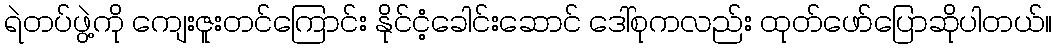
ရဲတပ်ဖွဲ့ကို ကျေးဇူးတင်ကြောင်း နိုင်ငံ့ခေါင်းဆောင် ဒေါ်စုကလည်း ထုတ်ဖော်ပြောဆိုပါတယ်။